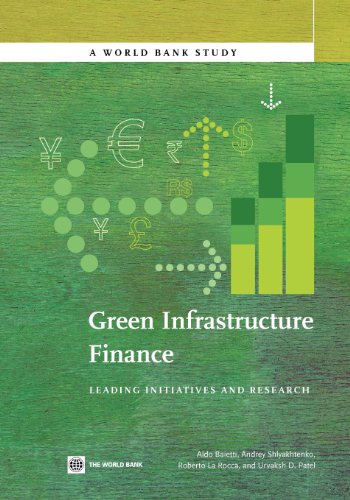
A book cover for Green Infrastructure Finance: Leading Initiatives and Research (World Bank Studies); Aldo Baietti; Science & Math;